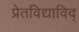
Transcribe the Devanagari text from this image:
प्रेतविद्याविद्